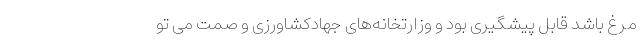
مرغ باشد قابل پیشگیری بود و وزارتخانه‌های جهادکشاورزی و صمت می تو